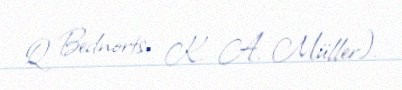
Q. Bednorts, K. A. Müller).